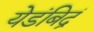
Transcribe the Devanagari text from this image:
येडंबिद्रं